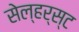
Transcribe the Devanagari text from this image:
सेल्हर्स्ट